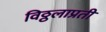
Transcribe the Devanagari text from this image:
विठ्ठलाप्रती